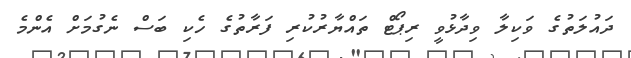
ދައުލަތުގެ ވަކިލާ ވިދާޅުވީ ރިޕޯޓް ތައްޔާރުކުރި ފަރާތުގެ ހެކި ބަސް ނެގުމަށް އެންމެ